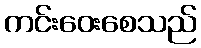
ကင်းဝေးစေသည်